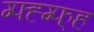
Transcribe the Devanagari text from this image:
ग्फ्ह्ग्फ्ह